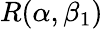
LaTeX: R(\alpha,\beta_{1})